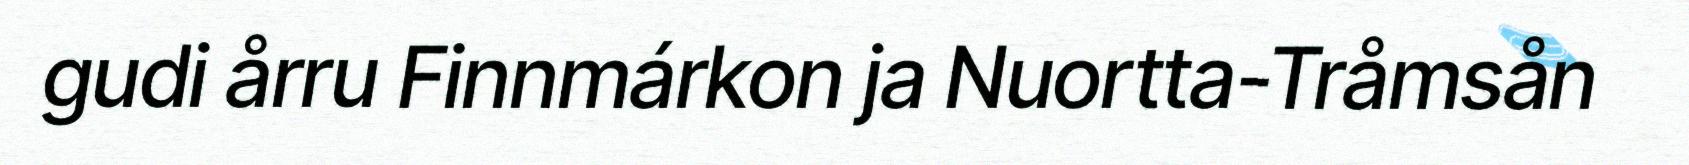
gudi årru Finnmárkon ja Nuortta-Tråmsån